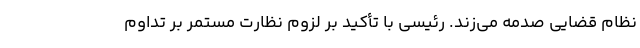
نظام قضایی صدمه می‌زند. رئیسی با تأکید بر لزوم نظارت مستمر بر تداوم